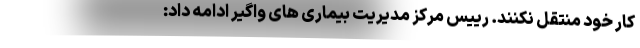
کار خود منتقل نکنند. رییس مرکز مدیریت بیماری های واگیر ادامه داد: